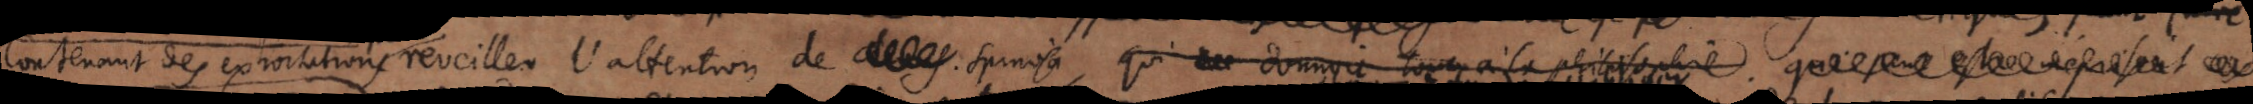
contenant des exhortations reveiller l’attention de Mons. Spinosa, qui donnoit tout à la philosophie qui peut estre méprisoit